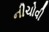
નીચોવી